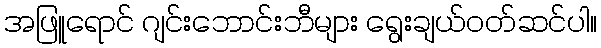
အဖြူရောင် ဂျင်းဘောင်းဘီများ ရွေးချယ်ဝတ်ဆင်ပါ။